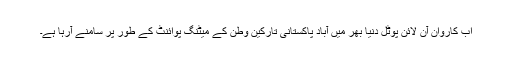
اب کاروان آن لائن پوٹل دنیا بھر میں آباد پاکستانی تارکین وطن کے میٹنگ پوائنٹ کے طور پر سامنے آرہا ہے۔